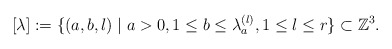
\begin{align*}[\lambda]:=\{(a,b,l)\;|\; a>0, 1\leq b\leq \lambda_a^{(l)},1\leq l\leq r\}\subset \mathbb{Z}^3.\end{align*}